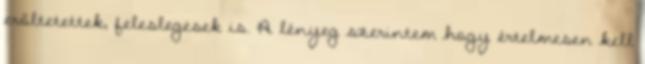
erőltetettek, feleslegesek is. A lényeg szerintem hogy értelmesen kell